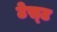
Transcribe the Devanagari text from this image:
टेस्‍ट